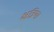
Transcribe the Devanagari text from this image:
क्षत्रिय।